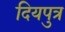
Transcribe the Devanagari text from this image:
दियपुत्र